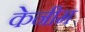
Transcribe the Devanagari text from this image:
केनीम